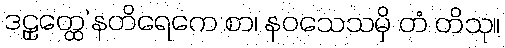
ဒဠှတ္ထေ’နတိရေကေ စာ၊ နဝသေသမှိ တံ တိသု။